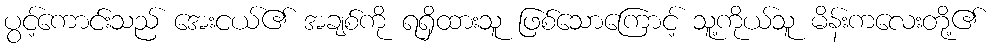
ပွင့်ကောင်းသည် အေးငယ်၏ အချစ်ကို ရရှိထားသူ ဖြစ်သောကြောင့် သူ့ကိုယ်သူ မိန်းကလေးတို့၏